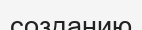
созданию